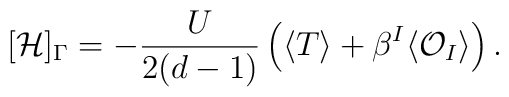
[\mathcal{H}]_\Gamma = -\frac{U}{2(d-1)} \left( \langle T\rangle +\beta^I  \langle \mathcal{O}_I \rangle \right).